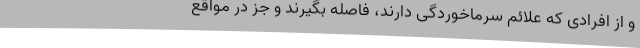
و از افرادی که علائم سرماخوردگی دارند، فاصله بگیرند و جز در مواقع